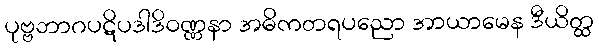
ပုဗ္ဗဘာဂပဋိပဒါဒိဝဏ္ဏနာ အဓိကတရပညော အာယာမေန ဒီယိတ္ထ